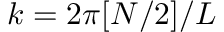
k = 2 \pi [ N / 2 ] / L